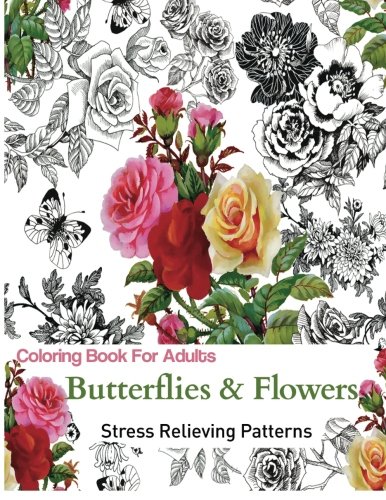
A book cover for Coloring Books For Adults: Butterflies and Flowers : Stress Relieving Patterns; Adult Coloring Books; Crafts, Hobbies & Home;